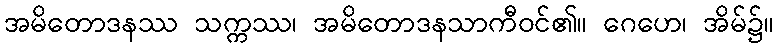
အမိတောဒနဿ သက္ကဿ၊ အမိတောဒနသာကီဝင်၏။ ဂေဟေ၊ အိမ်၌။